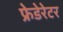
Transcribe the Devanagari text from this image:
फ्रेडेरेटर